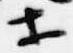
等